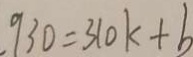
9 3 0 = 3 1 0 k + b